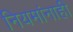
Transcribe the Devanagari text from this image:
नियमांनाही